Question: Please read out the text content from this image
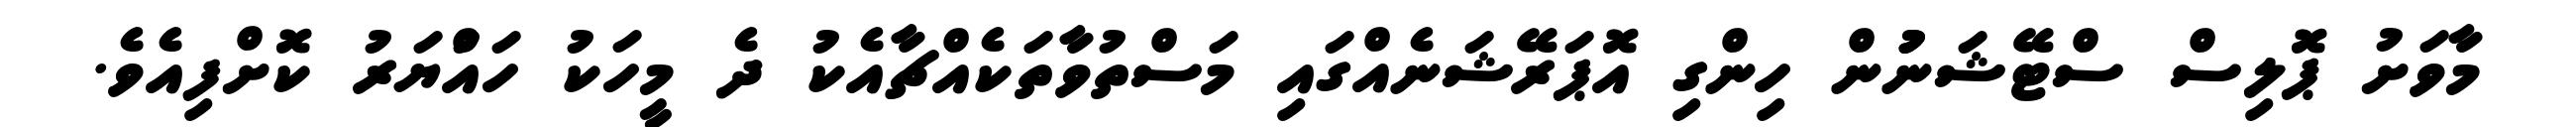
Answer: މާވަށު ޕޮލިސް ސްޓޭޝަނުުން ހިންގި އޮޕަރޭޝަނެއްގައި މަސްތުވާތަކެއްޗާއެކު ދެ މީހަކު ހައްުޔަރު ކޮށްފިއެވެ.